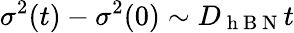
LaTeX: \sigma^{2}(t)-\sigma^{2}(0)\sim D_{\mathrm{~h~B~N~}}t